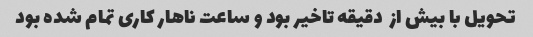
تحویل با بیش از  دقیقه تاخیر بود و ساعت ناهار کاری تمام شده بود